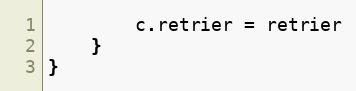
Language: Go
		c.retrier = retrier
	}
}